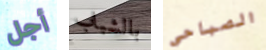
أجل بالشباب الصباحي